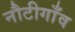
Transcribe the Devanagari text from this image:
नौटीगाँव